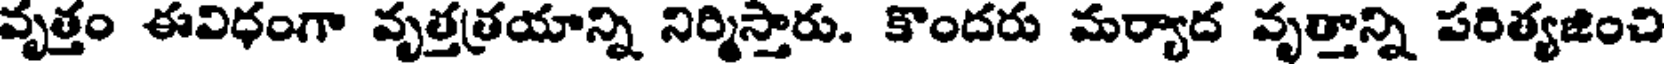
వృత్తం ఈవిధంగా వృత్తత్రయాన్ని నిర్మిస్తారు. కొందరు మర్యాద వృత్తాన్ని పరిత్యజించి